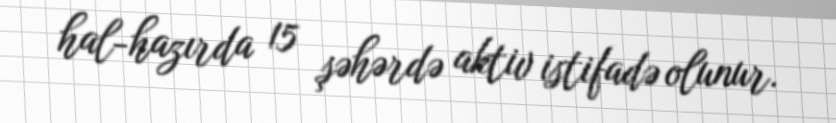
hal-hazırda 15 şəhərdə aktiv istifadə olunur.